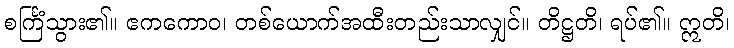
စင်္ကြံသွား၏။ ဧကကောဝ၊ တစ်ယောက်အထီးတည်းသာလျှင်။ တိဋ္ဌတိ၊ ရပ်၏။ ဣတိ၊